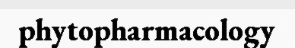
phytopharmacology